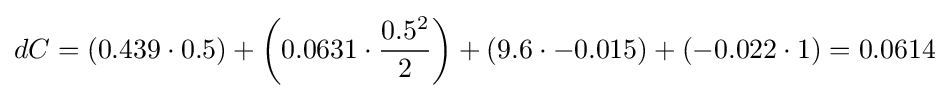
dC=(0.439\cdot 0.5)+\left(0.0631\cdot {\frac {0.5^{2}}{2}}\right)+(9.6\cdot -0.015)+(-0.022\cdot 1)=0.0614